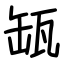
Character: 缻